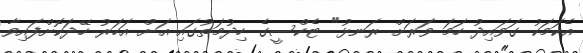
އެކަމަކު ގަވައިދު ހަމަ ވަރަށް ރަނޅު" ޓެކްސީގެ ހިދުމަތުގައި އަށް އަހަރު ހޭދަކޮށްފައިވާ